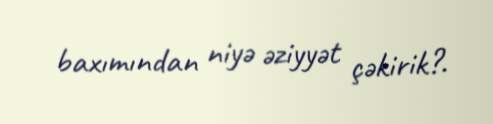
baxımından niyə əziyyət çəkirik?.